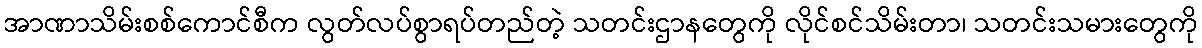
အာဏာသိမ်းစစ်ကောင်စီက လွတ်လပ်စွာရပ်တည်တဲ့ သတင်းဌာနတွေကို လိုင်စင်သိမ်းတာ၊ သတင်းသမားတွေကို